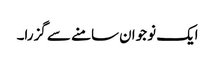
ایک نوجوان سامنے سے گزرا۔